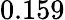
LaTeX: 0.159